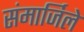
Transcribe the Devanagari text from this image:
संमार्जिले